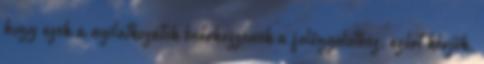
hogy ezek a nyilatkozatok beérkezzenek a felügyelethez, ezért kérjük,